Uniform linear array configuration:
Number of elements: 64
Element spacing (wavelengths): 1
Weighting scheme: hann
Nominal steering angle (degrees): -15
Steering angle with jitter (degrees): -14.351
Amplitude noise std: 0.05
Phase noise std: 0.05

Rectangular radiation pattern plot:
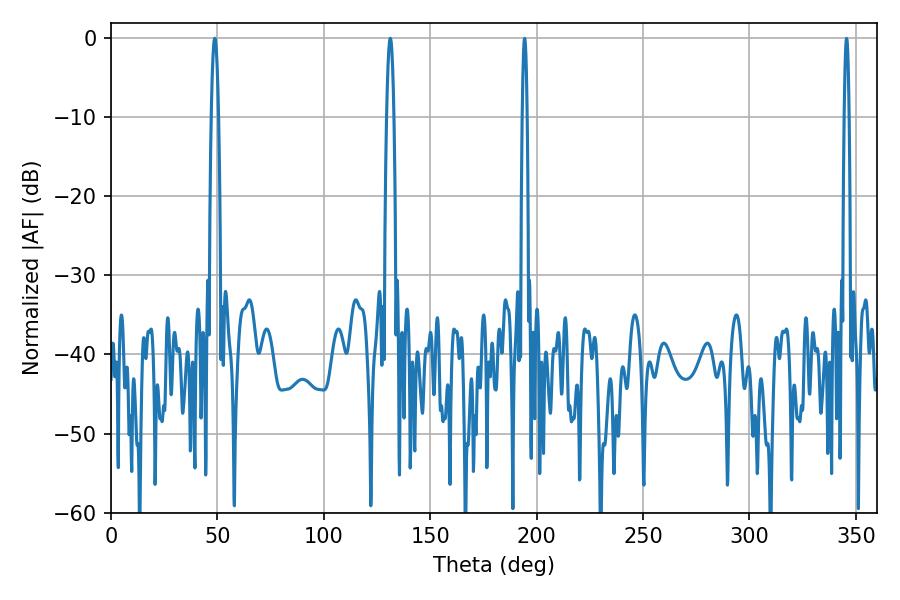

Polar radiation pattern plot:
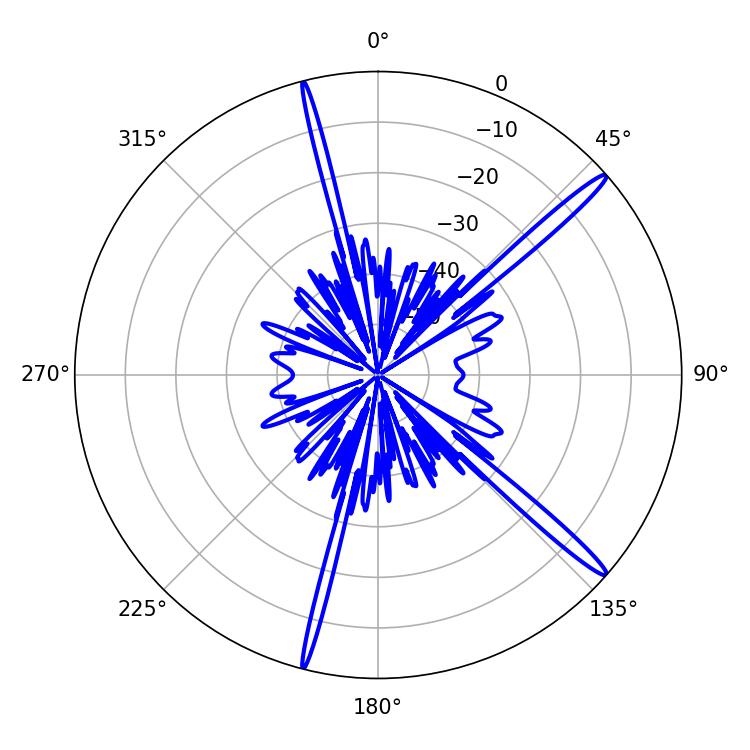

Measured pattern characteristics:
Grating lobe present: TRUE
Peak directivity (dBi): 16.734
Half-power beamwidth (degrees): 1.8
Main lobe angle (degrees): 48.78